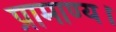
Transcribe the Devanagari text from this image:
प्रामाण्य।